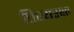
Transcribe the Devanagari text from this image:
तिश्यरक्षा